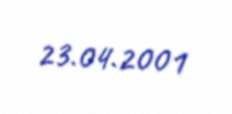
23.04.2001